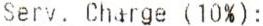
SERV. CHARGE (10%):